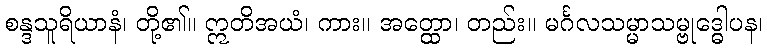
စန္ဒသူရိယာနံ၊ တို့၏။ ဣတိအယံ၊ ကား။ အတ္ထော၊ တည်း။ မင်္ဂလသမ္မာသမ္ဗုဒ္ဓေါပန၊